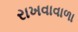
રાખવાવાળા